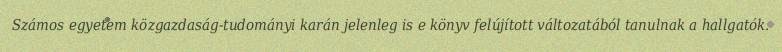
Számos egyetem közgazdaság-tudományi karán jelenleg is e könyv felújított változatából tanulnak a hallgatók.